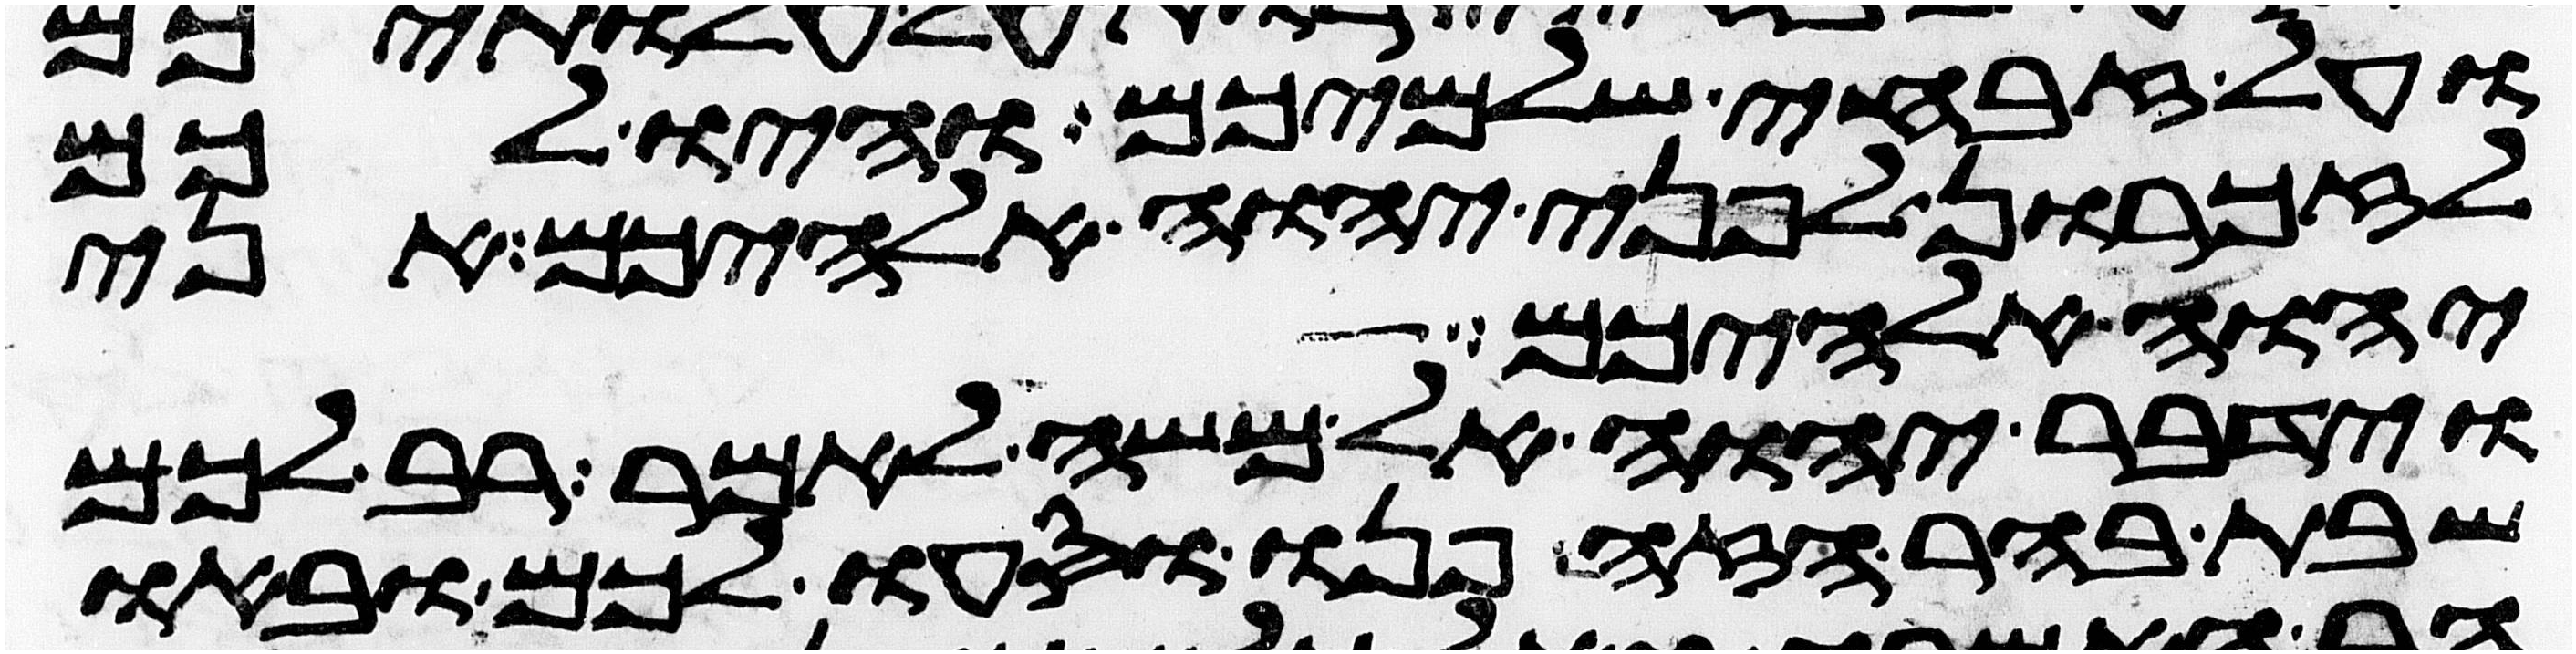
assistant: ועל זבחי שלמיכם והיו לכם
לזכרון לפני יהוה אלהיכם אני
יהוה אלהיכם
וידבר יהוה אל משה לאמר רב לכם
שבת בהר הזה פנו וסעו לכם ובאו